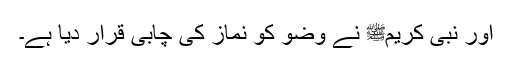
اور نبی کریمﷺ نے وضو کو نماز کی چابی قرار دیا ہے۔